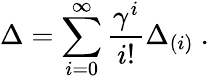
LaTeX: \Delta=\sum_{i=0}^{\infty}\frac{\gamma^{i}}{i!}\Delta_{(i)}~.